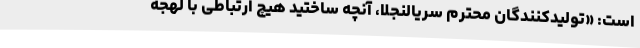
است: «تولیدکنندگان محترم سریالنجلا، آنچه ساختید هیچ ارتباطی با لهجه